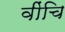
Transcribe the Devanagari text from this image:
वींचि